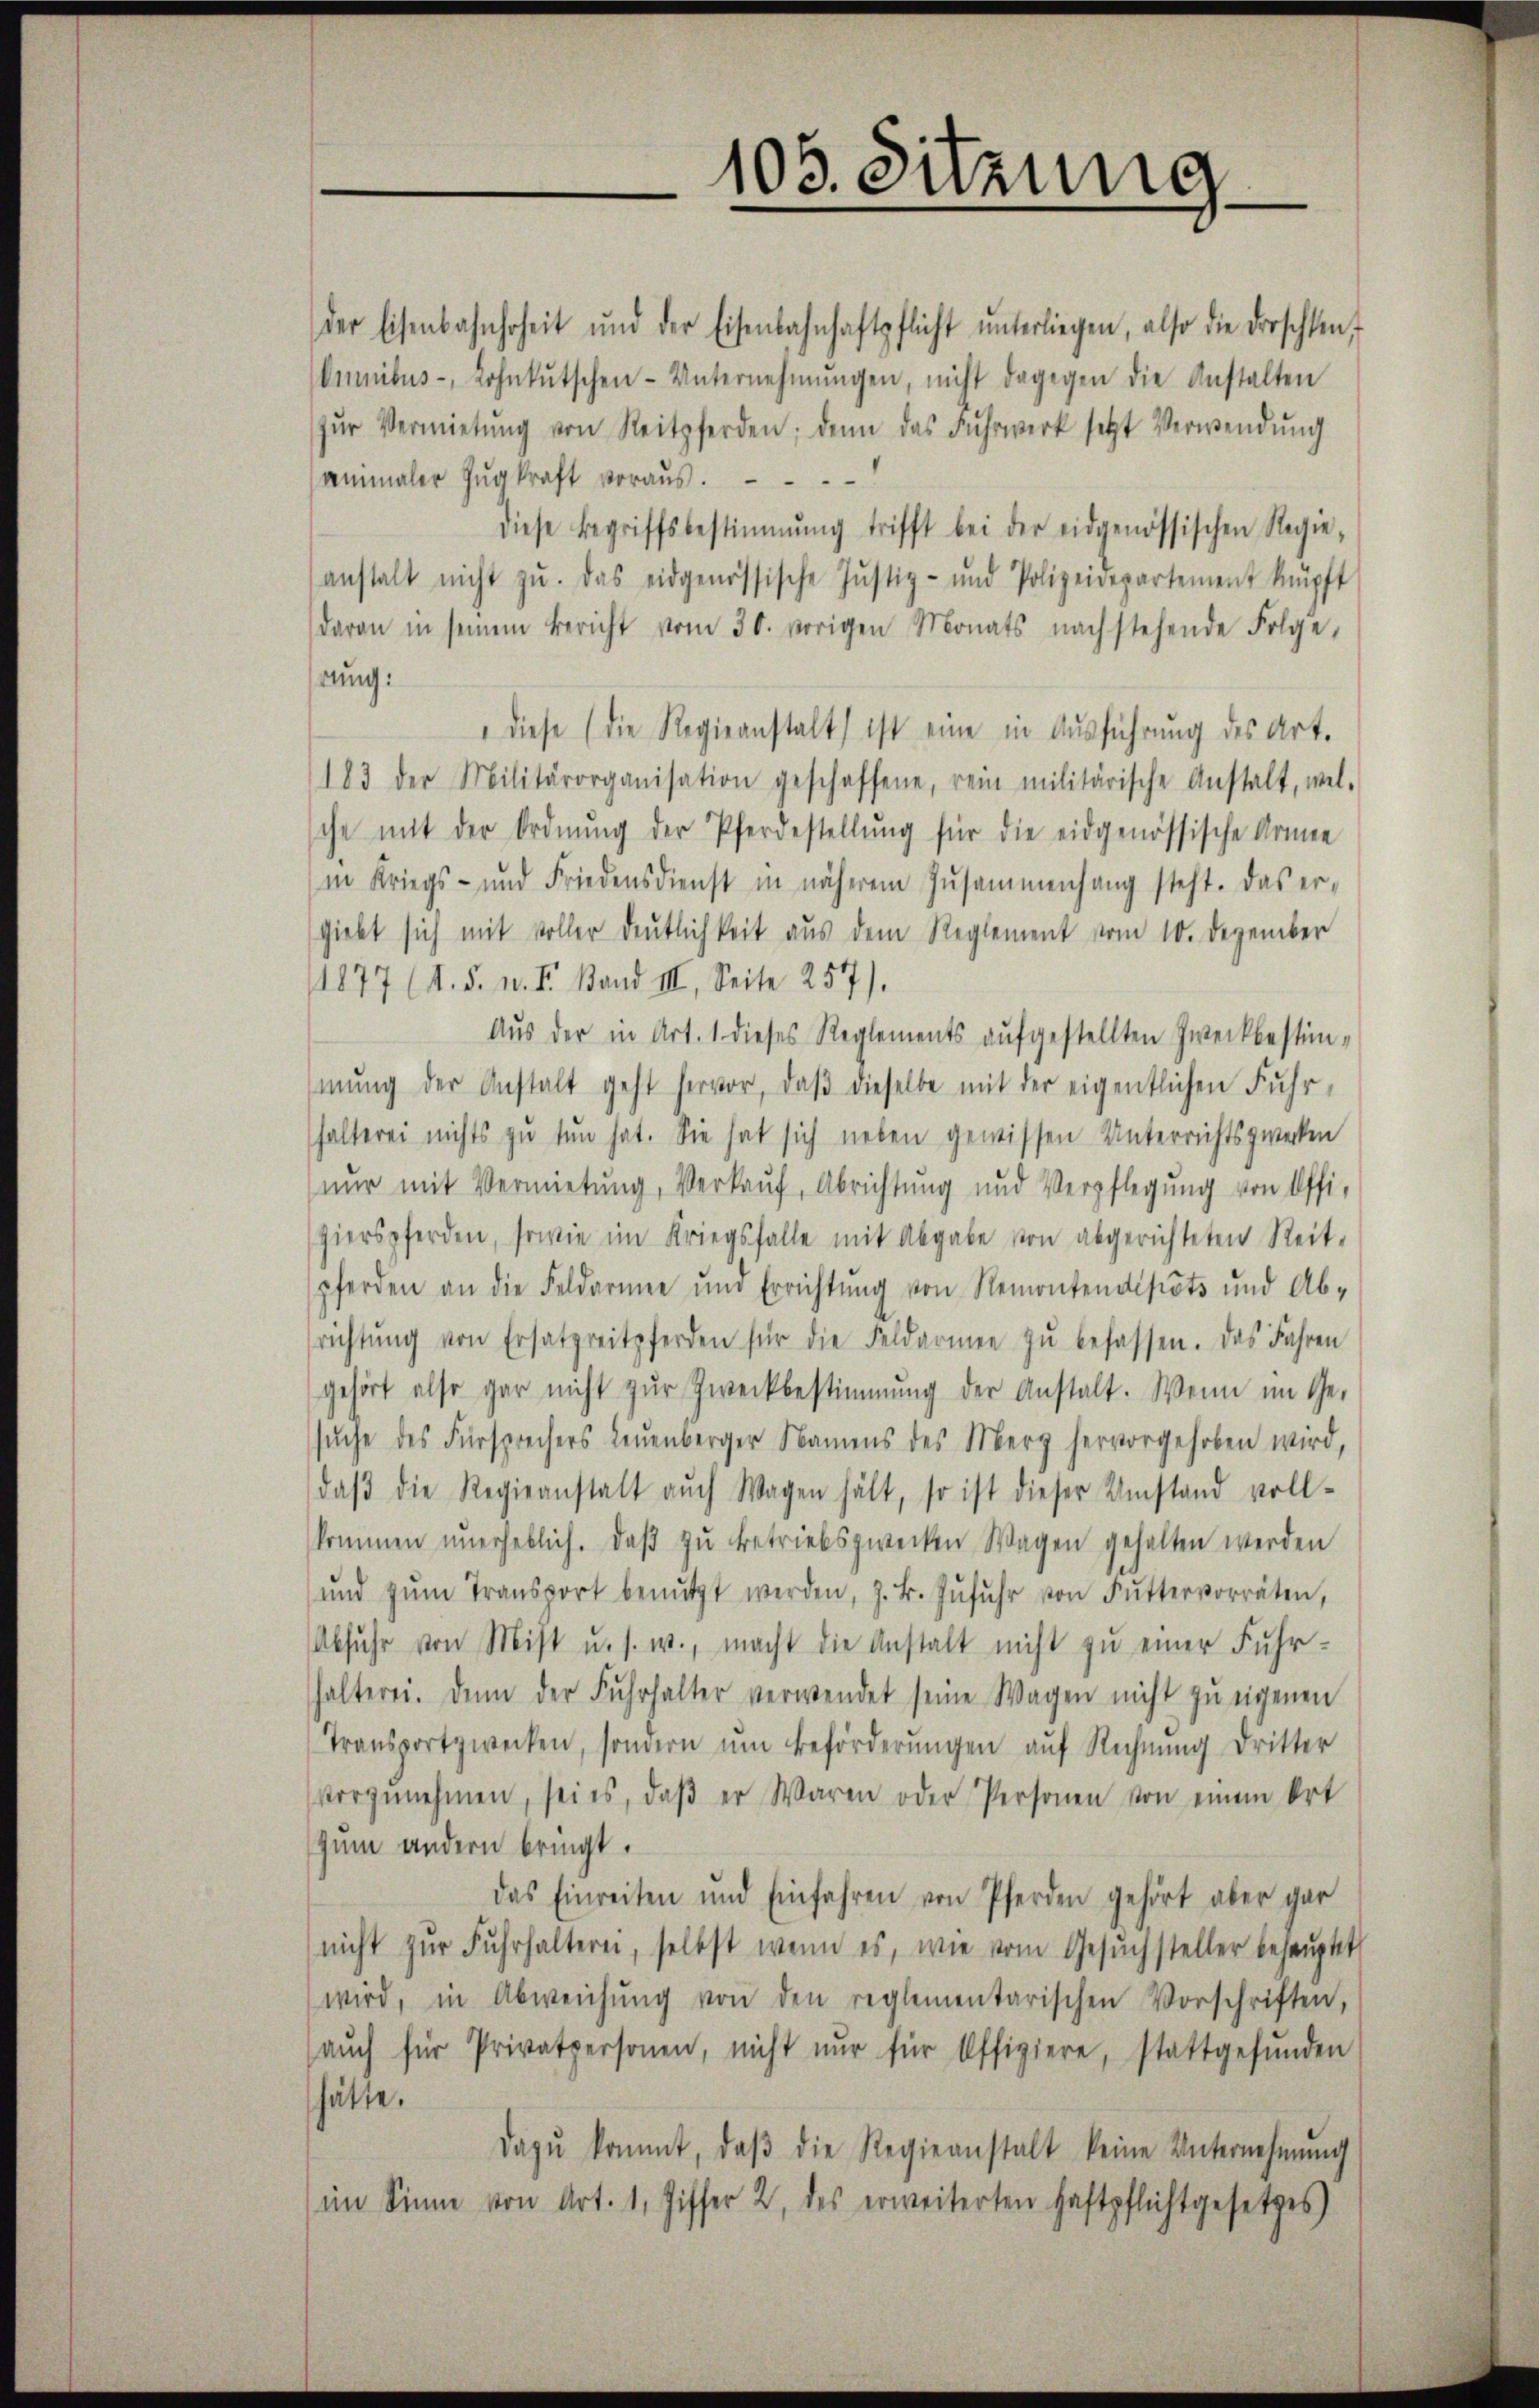
der Eisenbahnhoheit und der Eisenbahnhaftpflicht ŭnterliegen, also die Froschten,
Omnibus-, Lohnkutschen-Unternehmŭngen, nicht dagegen die Anstalten
zŭr Vermietŭng von Reitpferden; denn das Fuhrwerk setzt Verwendŭng
animaler Zug kraft voraus.
diese Begriffsbestimmung trifft bei der eidgenössischen Regie-
anstalt nicht zu. Das eidgenössische Justiz- und Polizeidepartement knüpft
daran in seinem Bericht vom 30. vorigen Monats nachstehende Folge,
hrung:
" diese (die Regieanstalt ist eine in Ausführung des Art.
183 der Militärorganisation geschaffene, rein militärische Anstalt, wel-
che mit der Ordnŭng der Pferdestellŭng für die eidgenössische Armee
in Kriegs- und Friedensdienst in näherem Zusammenhang steht. Das er-
giebt sich mit voller deutlichkeit aus dem Reglement vom 10. Dezember
1877 (s. S. u. II. Band III. Seite 257).
Aus der in Art. 1. dieses Reglements aufgestellten Zweckbestimmung der Anstalt geht hervor, daß dieselbe mit der eigentlichen Fuhrhalterei nichts zu tun hat. Sie hat sich neben gewissen Unterrichtszwecken
nŭr mit Vermietung, Verkauf, Abrichtung und Verpflegŭng von Offi-
hierspferden, sowie im Kriegsfalle mit Abgabe von abgerichteten Reit-
pferden an die Feldarmen und Errichtŭng von Remontendipots und Ab-
srichtŭng von Ersatzreitpferden für die Feldarmen zŭ befassen. Das Jahren
gehört also gar nicht zŭr Zweckbestimmung der Anstalt. Wenn im Ge-
suche des Fürsprechers Leuenberger Namens des Merg hervorgehoben wird,
daβ die Regieanstalt aŭch Wagen hält, so ist dieser Umstand voll-
kommen unerheblich. Daβ zŭ betriebszwecken Wagen gehalten werden
ŭnd zŭm Transport benŭtzt werden, z. B. Zŭfŭhr von Futtervorräten,
Abfuhr von Mist u. s. w., macht die Anstalt nicht zu einer Fuhrhalterei. Denn der Fŭhrhalter verwendet seine Wagen nicht zŭ eigenen
Transportzwecken, sondern ŭm beförderŭngen aŭf Rechnŭng dritter
vorzŭnehmen, sei es, daβ er Waren oder Personen von einem Ort
Zum andern bringt.
das Einreiten und Einfahren von Pferden gehört aber gar
nicht zŭr Fŭhrhalterei, selbst wenn es, wie vom Gesŭchsteller behauptet
wird, in Abweichŭng von den reglementarischen Vorschriften,
aŭch für Privatpersonen, nicht nur für Offiziere, stattgefŭnden
hätte.
dazŭ kommt, daβ die Regieanstalt keine Unternehmung
im Sinne von Art. 1, Ziffer 2, des erweiterten Haftpflichtgesetzes

103. Suzung